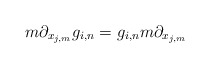
\begin{align*} m\partial_{x_{j,m}}g_{i,n}=g_{i,n} m\partial_{x_{j,m}}\\\end{align*}